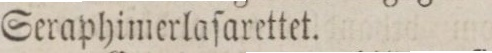
Seraphimerlaſarettet.